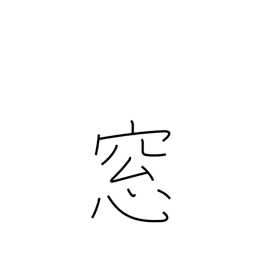
Meaning: window